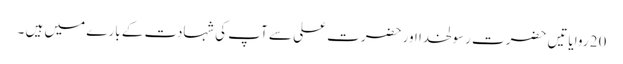
20 روایاتیں حضرت رسولخدا اور حضرت علی سے آپ کی شہادت کے بارے میں ہیں ۔